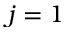
j = 1